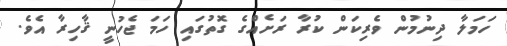
ހަމަލާ ދިނުމުން ވެރިކަން ކުރާ ރަށެއްގެ ގޮތުގައި ހަމަ ޖެހުނީ ޤާހިރާ އެވެ.